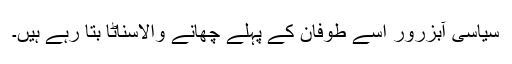
سیاسی آبزرور اسے طوفان کے پہلے چھانے والاسناٹا بتا رہے ہیں۔